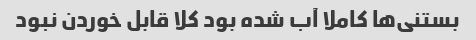
بستنی‌ها کاملا آب شده بود کلا قابل خوردن نبود